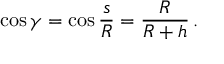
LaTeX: \cos \gamma = \cos { \frac { s } { R } } = { \frac { R } { R + h } } \, .